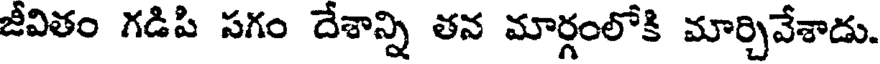
జీవితం గడిపి సగం దేశాన్ని తన మార్గంలోకి మార్చివేశాడు.